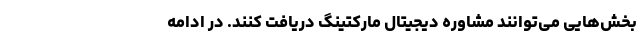
بخش‌هایی‌ می‌توانند مشاوره دیجیتال مارکتینگ دریافت کنند. در ادامه